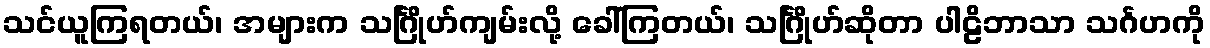
သင်ယူကြရတယ်၊ အများက သင်္ဂြိုဟ်ကျမ်းလို့ ခေါ်ကြတယ်၊ သင်္ဂြိုဟ်ဆိုတာ ပါဠိဘာသာ သင်္ဂဟကို